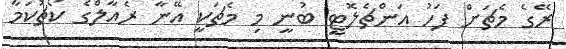
ރޭގެ މެޗަށް ފަހު އަންޗެލޮޓީ ބުނީ މި މެޗަކީ އޭނާ ރެއާލްގެ ކޯޗުކަމާ